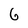
Character: 6